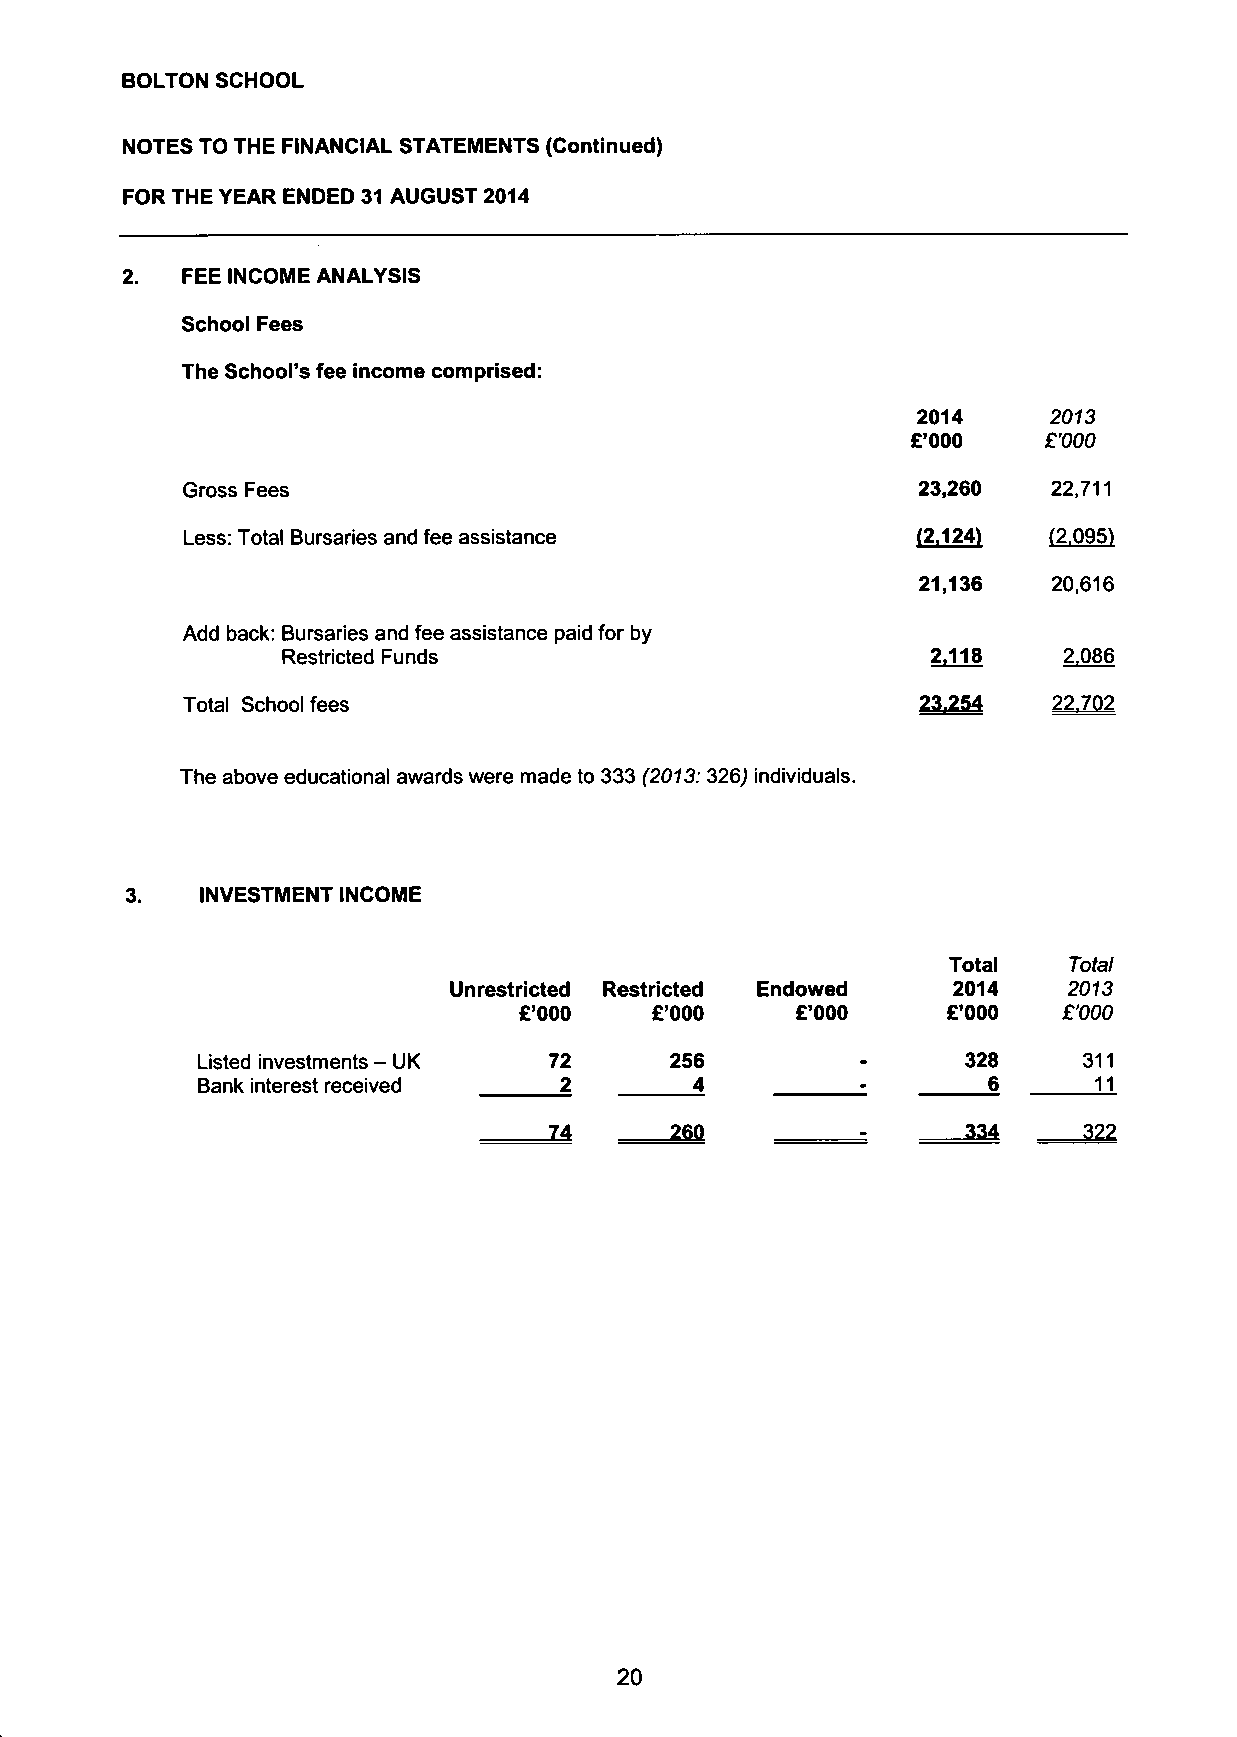
BOLTON SCHOOL
 NOTES TO THE FINANCIAL STATEMENTS (Continued)
 FOR THE YEAR ENDED 31 AUGUST 2014
 2.  FEE INCOME ANALYSIS
 School Fees
 The School's fee income comprised:
 2014    2013
 £'000    £'000
 Gross Fees                                       23,260   22,711
 Less: Total Bursaries and fee assistance         (2.124) (2.095)
 21,136   20,616
 Add back: Bursaries and fee assistance paid for by
 Restricted Funds                           2.118   2.086
 Total School fees                                23.254   22.702
 The above educational awards were made to 333 (2013: 326) individuals.
 3.   INVESTMENT INCOME
 Total   Total
 Unrestricted Restricted Endowed  2014    2013
 £'000    £'000     £'000     £'000  £'000
 Listed investments - UK 72     256          -      328     311
 Bank interest received  2        4                  6       H
 :
 14      260          -      334     322
 20